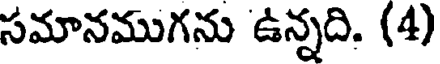
సమానముగను ఉన్నది. (4)